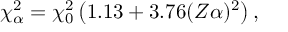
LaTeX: \chi _ { \alpha } ^ { 2 } = \chi _ { 0 } ^ { 2 } \left( 1 . 1 3 + 3 . 7 6 ( Z \alpha ) ^ { 2 } \right) ,